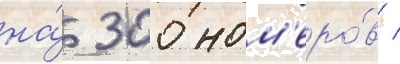
на́ 300 ном'еро́в /